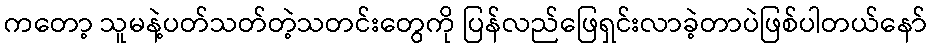
ကတော့ သူမနဲ့ပတ်သတ်တဲ့သတင်းတွေကို ပြန်လည်ဖြေရှင်းလာခဲ့တာပဲဖြစ်ပါတယ်နော်